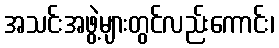
အသင်းအဖွဲ့များတွင်လည်းကောင်း၊